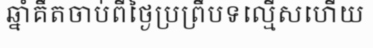
ឆ្នាំគឹតចាប់ពីថ្ងៃប្រព្រឹបទល្មើសហើយ